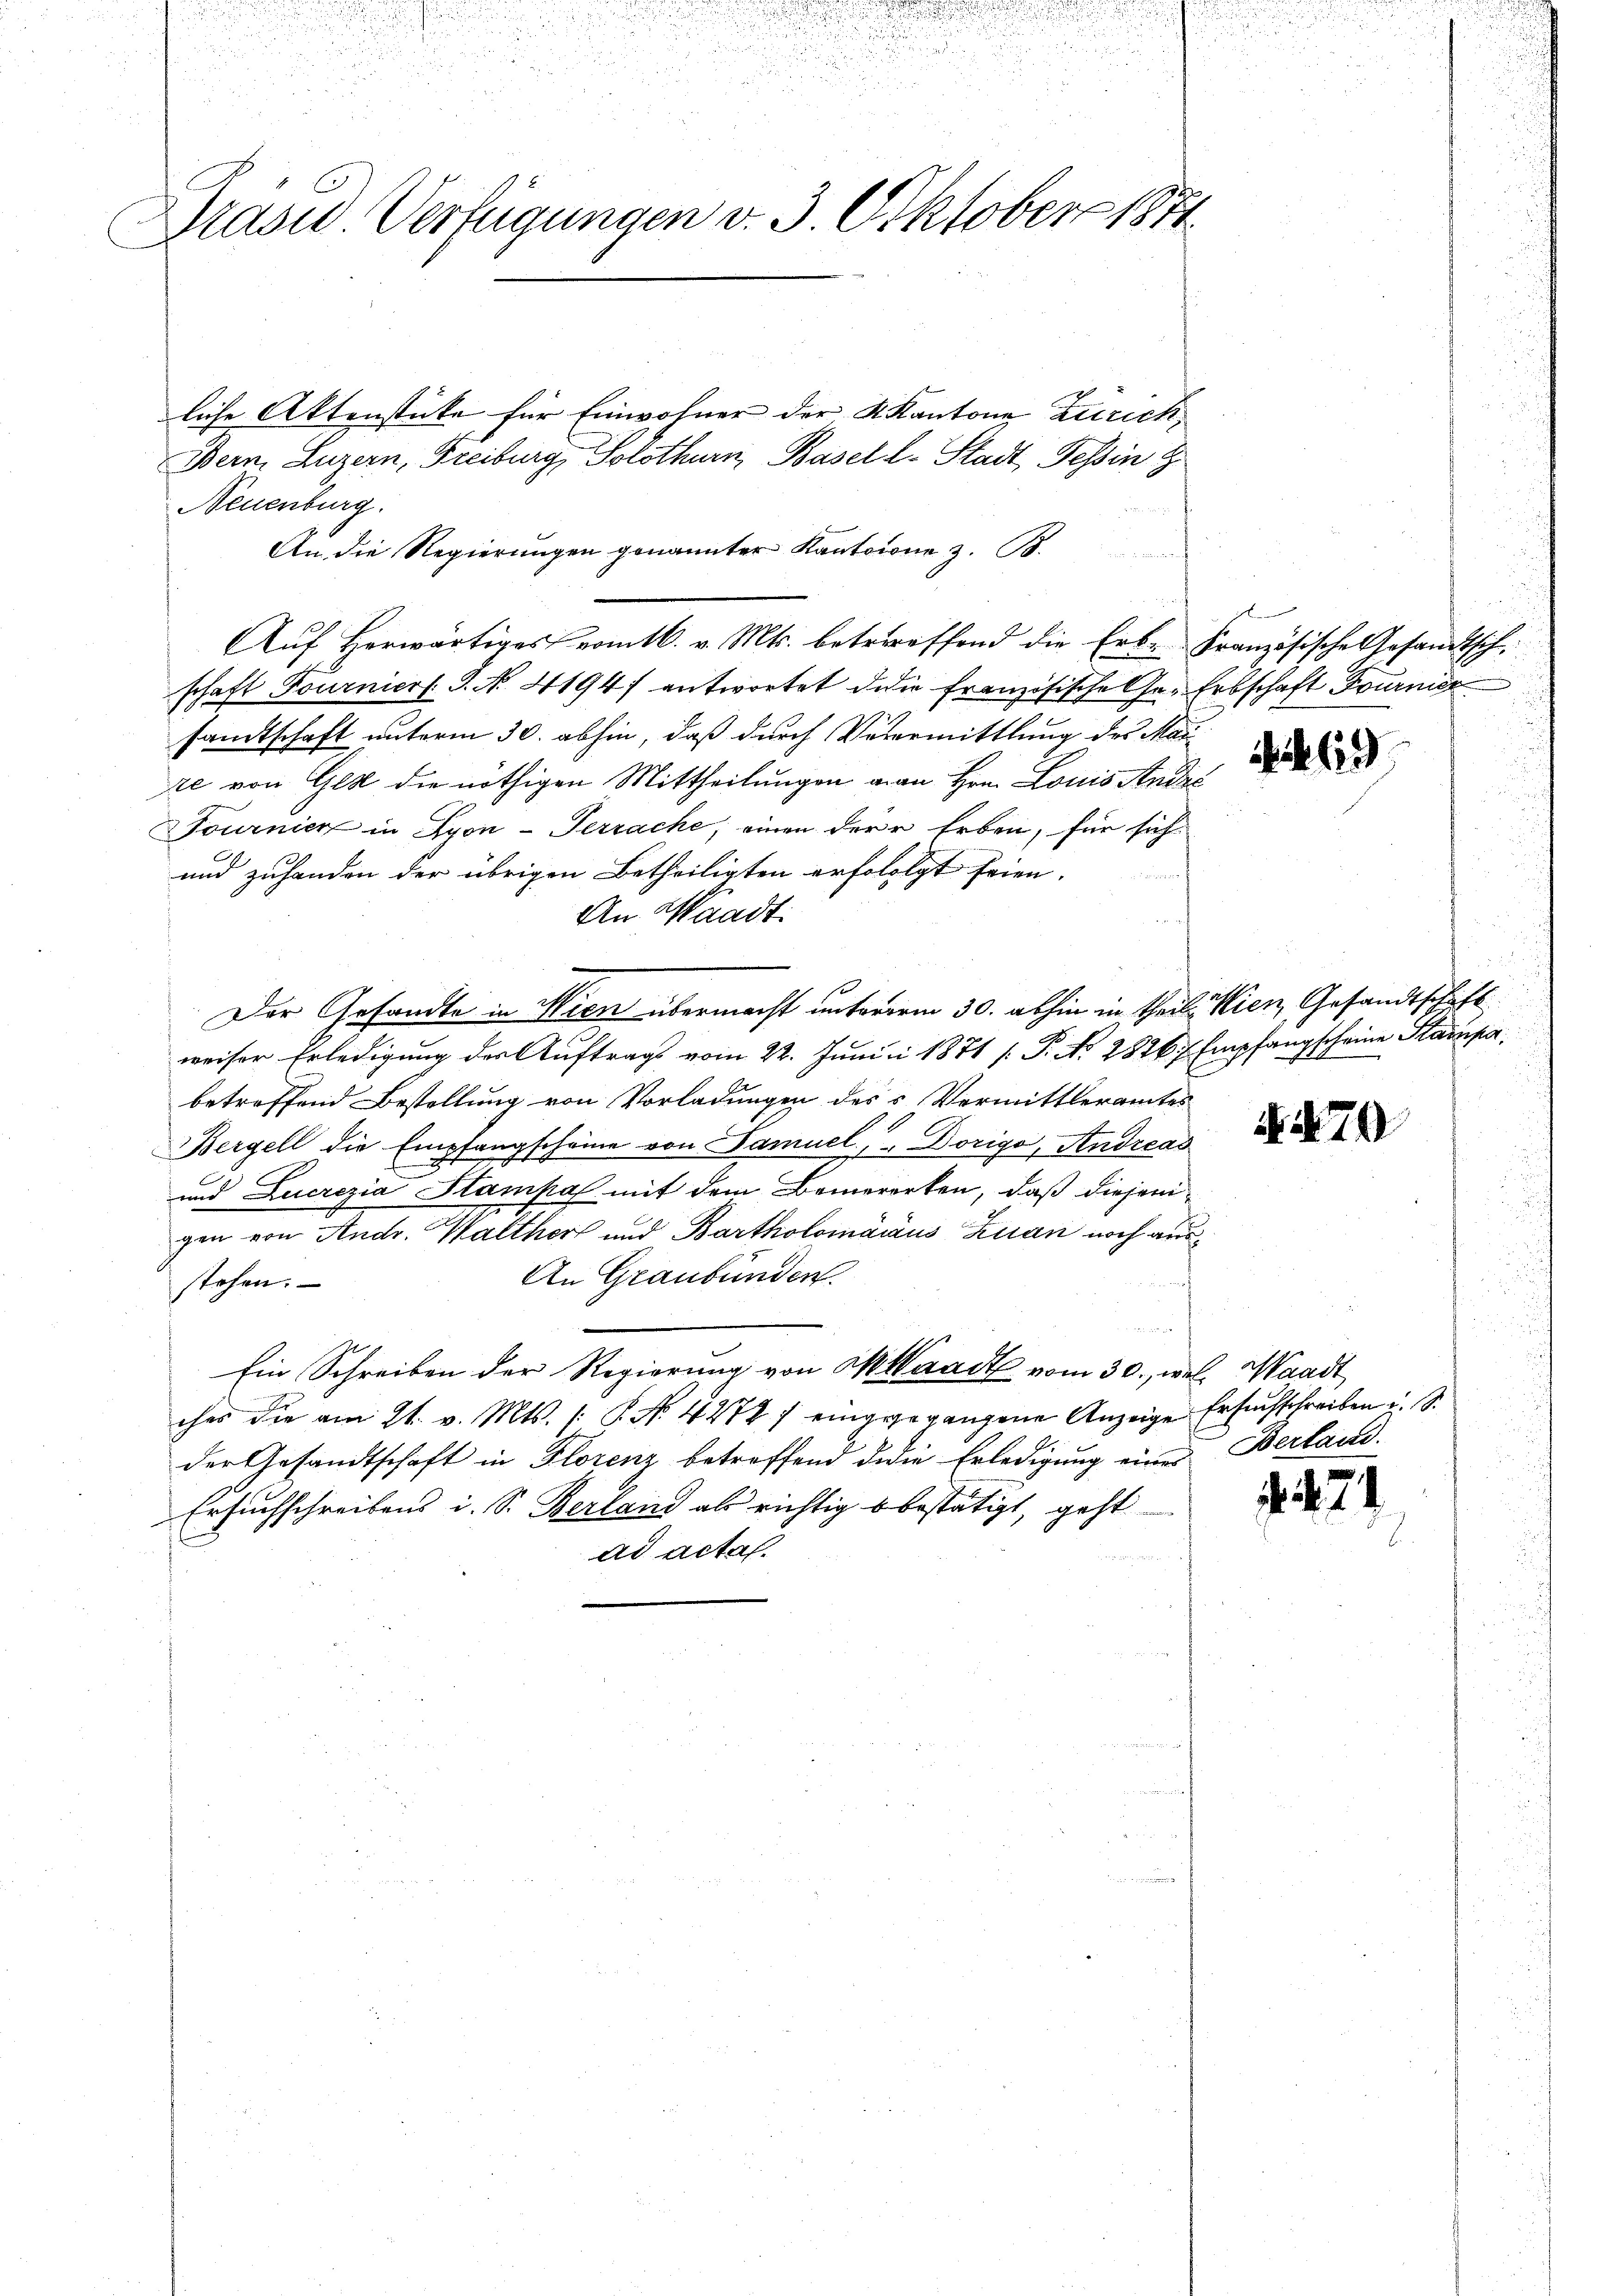
Präsid. Verfügungen v. 3. Oktober 1871

Neuenburg.
An die Regierŭngen genannter Kantoine z. B.
Aŭf herwärtiges vom 16. v. Mts. betreffend die Erb- Französische Gesandtsch-
schaft Fourniert P. No. 41947 entwortet die französische Ge- Erbschaft Bournier
sandtschaft unterm 30. abhin, daß durch Vermittlung des Mai
te von Gest die nöthigen Mittheilungen man Hrn. Louis Andić
Tournien in Syon-Terrache, einen der Erben, für sich
und zuhanden der übrigen Betheiligten erfolgt seien.
An Waadt.
Der Gesandte in Wien übermacht untererm 30. abhin in Theil, Wien, Gesandtschaft
weiser Erledigung der Auftrags vom 22. Junii 1871 [ P. Nr. 2826/ Empfangscheine Starzipabetreffend Bestellung von Vorladungen des Vermittleramtes
Bergell die Empfangscheine von Samuel, Dorigo, Andreas
und Lucrezia Stampal mit dem Bemererken, daß diejenigen von Andr. Walther und Bartholomáraus Zuan noch aus¬
An Graubünden.
stehen.
Ein Schreiben der Regierung von M. Waadt vom 30., wel. Waadt
ches die am 21. v. Mts. (: P. No. 4472 / eingegangene Anzeige Ersuchschreiben u. S.
der Gesandtschaft in Florenz betreffend die Erledigung eines Berland¬
Ersuchschreibens i. S. Berland als richtig bestätigt, geht
ad actaf.
h

liche Aktenstücke für Einwohner der Kantone Zürich,
Bern, Luzern, Freiburg, Solothurn, Basell-Stadt, Tessin d

sich bin meinen

19

79

. 274